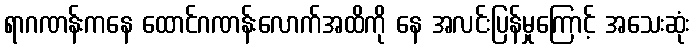
ရာဂဏန်းကနေ ထောင်ဂဏန်းလောက်အထိကို နေ အလင်းပြန်မှုကြောင့် အသေးဆုံး